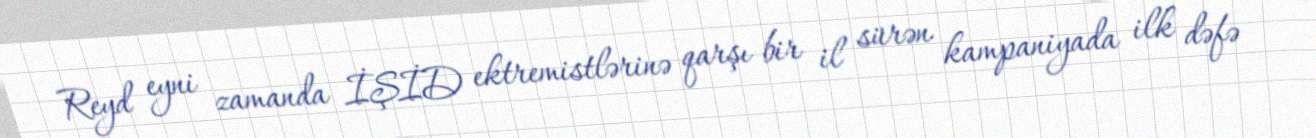
Reyd eyni zamanda İŞİD ektremistlərinə qarşı bir il sürən kampaniyada ilk dəfə